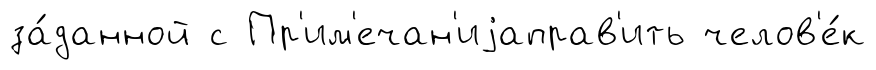
за́данной с Пр'им'ечан'иjаправ'ить челов'е́к